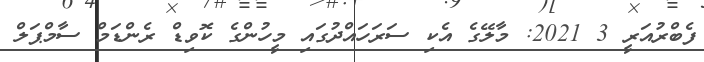
ފެބްރުއަރީ 3 2021: މާލޭގެ އެކި ސަރަހައްދުގައި މީހުންގެ ކޮވިޑް ރެންޑަމް ސާމްޕަލް